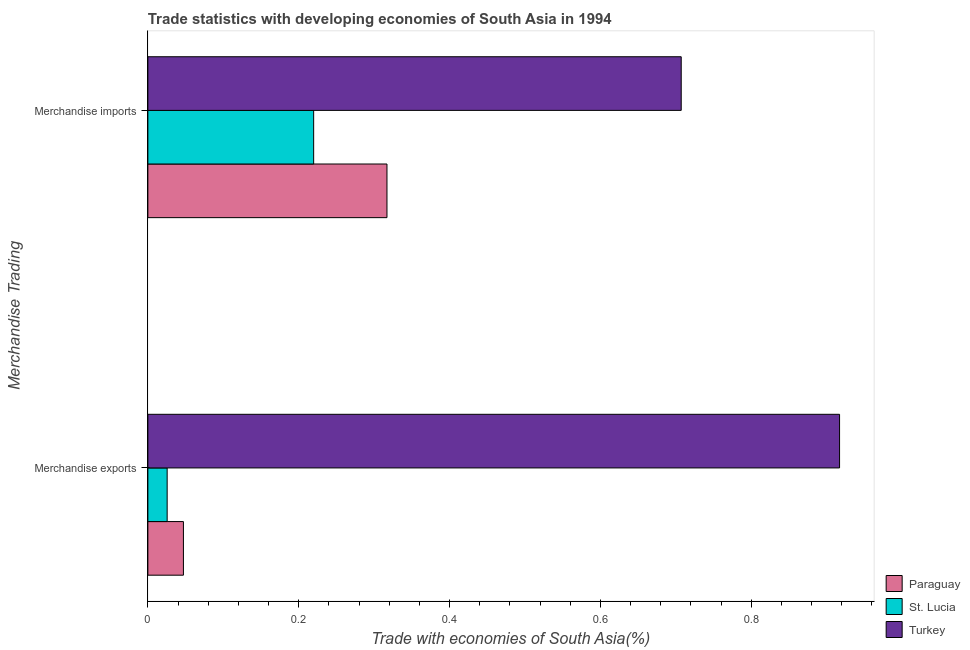
| Merchandise Trading | Paraguay | St. Lucia | Turkey |
 | --- | --- | --- | --- |
 | Merchandise exports | 0.0471 | 0.0256 | 0.917 |
 | Merchandise imports | 0.317 | 0.22 | 0.707 |